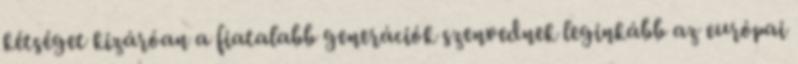
kétséget kizáróan a fiatalabb generációk szenvednek leginkább az európai